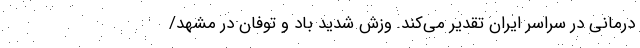
درمانی در سراسر ایران تقدیر می‌کند. وزش شدید باد و توفان در مشهد/